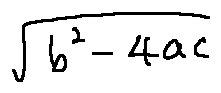
\sqrt { b ^ { 2 } - 4 a c }